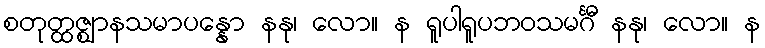
စတုတ္ထဇ္ဈာနသမာပန္နော နနု၊ လော။ န ရူပါရူပဘဝသမင်္ဂီ နနု၊ လော။ န